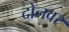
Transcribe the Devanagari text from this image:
दोनवर